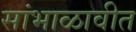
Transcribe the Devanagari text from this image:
सांभाळावीत